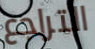
التراجع